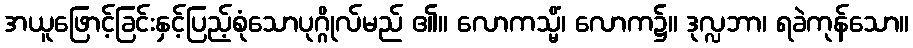
အယူဖြောင့်ခြင်းနှင့်ပြည့်စုံသောပုဂ္ဂိုလ်မည် ၏။ လောကသ္မိံ၊ လောက၌။ ဒုလ္လဘာ၊ ရခဲကုန်သော။